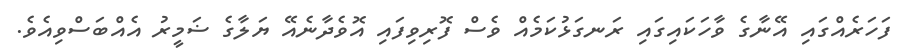
ފަހަރެއްގައި އޭނާގެ ވާހަކައިގައި ރަނގަޅުކަމެއް ވެސް ފޮރިވިފައި އޮވެދާނެއޭ ޔަލާގެ ޟަމީރު އެއްބަސްވިއެވެ.